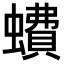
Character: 𧑈